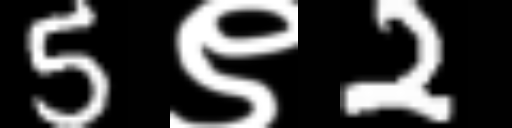
Text: 5९2